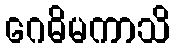
ဂေဓိမကာသိ